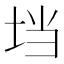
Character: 垱